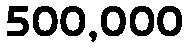
500,000